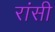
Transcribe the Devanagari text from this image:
रांसी